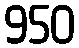
950